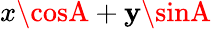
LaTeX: x\cosA+\mathbf{y}\sinA